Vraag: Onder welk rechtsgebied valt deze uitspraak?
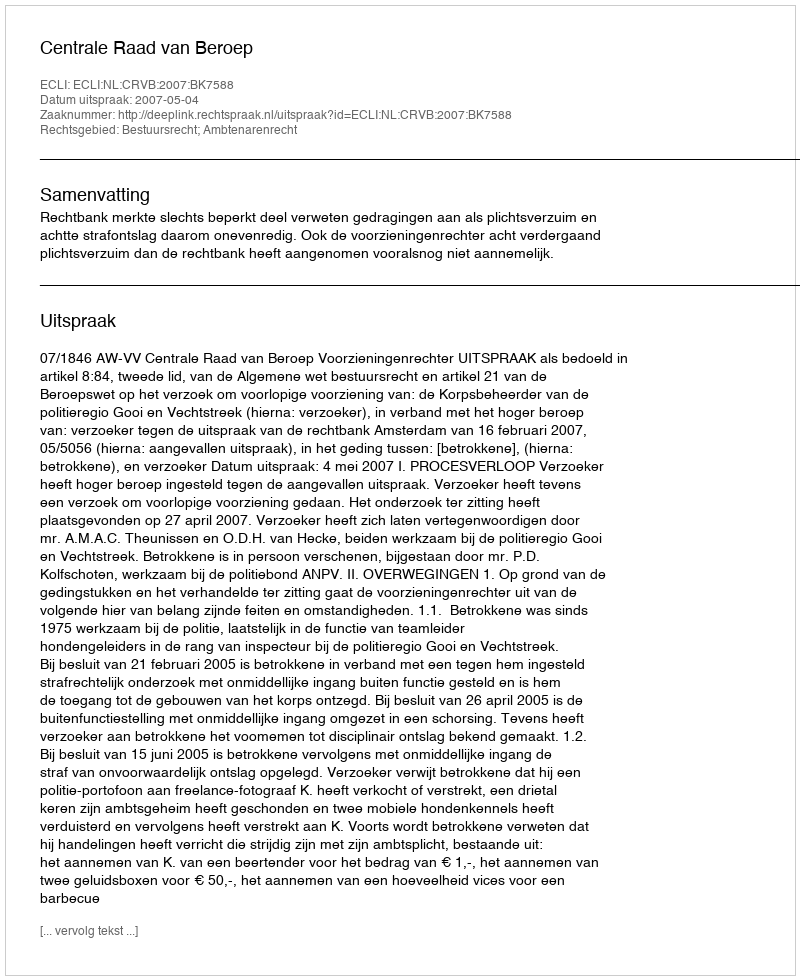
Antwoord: Bestuursrecht; Ambtenarenrecht